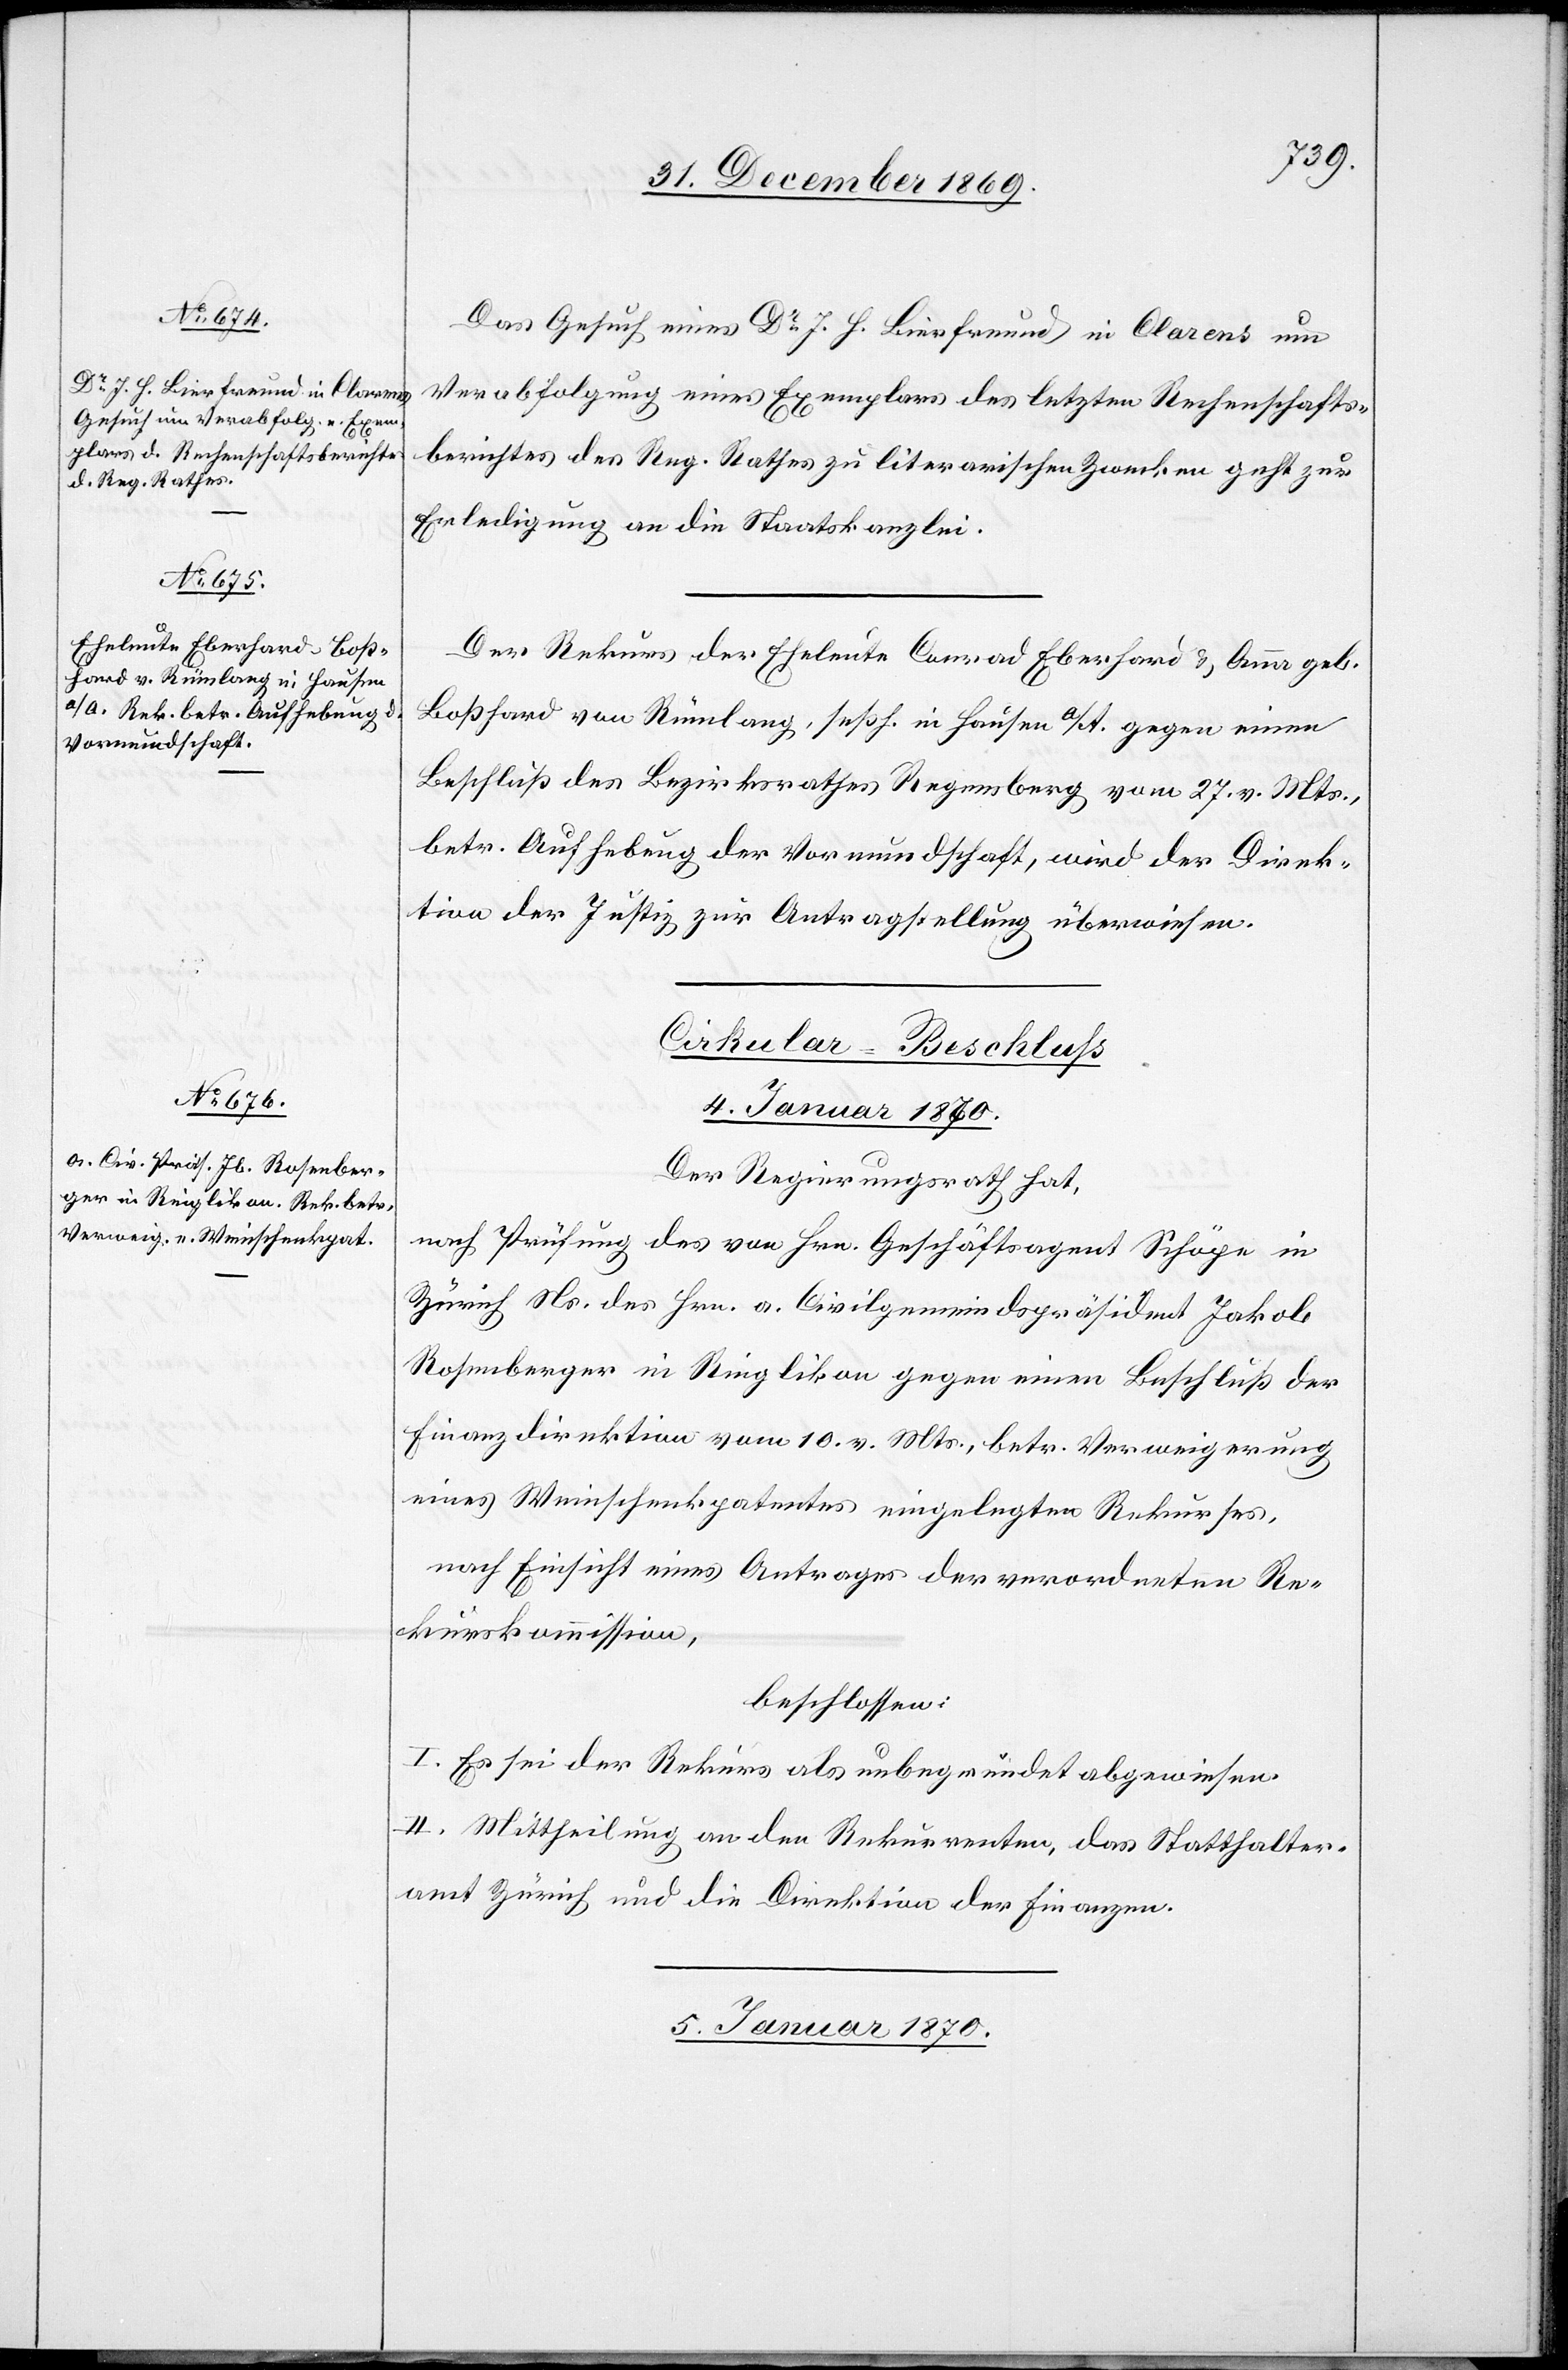
Das Gesuch eines Dr J. H. Bierfreund in Clarens um
Verabfolgung eines Exemplars des letzten Rechenschafts¬
berichtes des Reg. Rathes zu literarischen Zwecken geht zur
Erledigung an die Staatskanzlei.
Der Rekurs der Eheleute Conrad Eberhard & Anna geb.
Boßhard von Rümlang, seßh. in Hausen a/A. gegen einen
Beschluß des Bezirksrathes Regensberg vom 27. v. Mts.,
betr. Aufhebung der Vormundschaft, wird der Direk¬
tion der Justiz zur Antragstellung überwiesen.
Cirkular-Beschluss
4. Januar 1870.
Der Regierungsrath hat,
nach Prüfung des von Hrn. Geschäftsagent Schöpe in
Zürich Ns. des Hrn. a. Civilgemeindspräsident Jakob
Rosenberger in Ringlikon gegen einen Beschluß der
Finanzdirektion vom 10. v. Mts., betr. Verweigerung
eines Weinschenkpatentes eingelegten Rekurses,
nach Einsicht eines Antrages der verordneten Re¬
kurskommission,
beschlossen:
I. Es sei der Rekurs als unbegründet abgewiesen.
II. Mittheilung an den Rekurrenten, das Statthalter¬
amt Zürich und die Direktion der Finanzen.
5. Januar 1870.